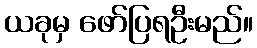
ယခုမှ ဖော်ပြရဦးမည်။